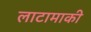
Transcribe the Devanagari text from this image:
लाटामाकी